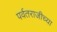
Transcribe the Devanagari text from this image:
पर्वतराजीच्या